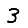
Digit: 3